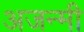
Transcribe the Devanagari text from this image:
अजन्मी